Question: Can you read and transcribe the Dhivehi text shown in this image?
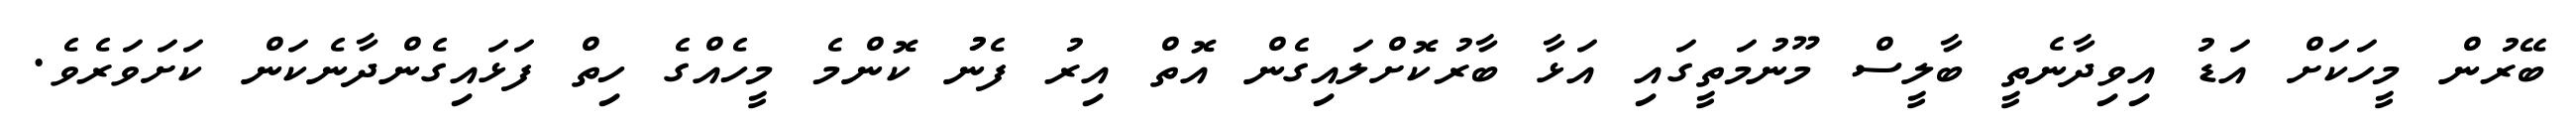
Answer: ބޭރުން މީހަކަށް އަޑު އިވިދާނެތީ ބާލީސް މޫނުމަތީގައި އަޅާ ބާރުކޮށްލައިގެން އޮތް އިރު ފެނުު ކޮންމެ މީހެއްގެ ހިތް ފަޅައިގެންދާނެކަން ކަށަވަރެވެ.